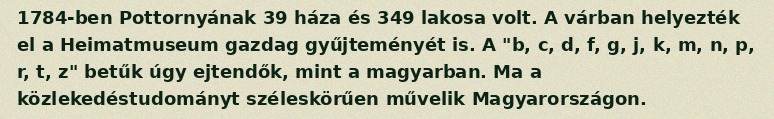
1784-ben Pottornyának 39 háza és 349 lakosa volt. A várban helyezték el a Heimatmuseum gazdag gyűjteményét is. A "b, c, d, f, g, j, k, m, n, p, r, t, z" betűk úgy ejtendők, mint a magyarban. Ma a közlekedéstudományt széleskörűen művelik Magyarországon.